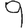
Digit: 9